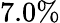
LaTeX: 7.0\%